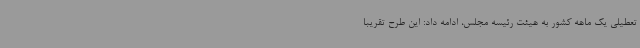
تعطیلی یک ماهه کشور به هیئت رئیسه مجلس، ادامه داد: این طرح تقریبا